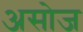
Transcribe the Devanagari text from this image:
असोज